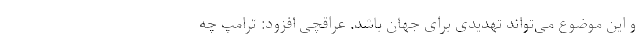
و این موضوع می‌تواند تهدیدی برای جهان باشد. عراقچی افزود: ترامپ چه